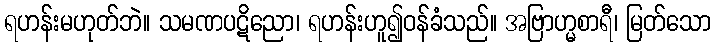
ရဟန်းမဟုတ်ဘဲ။ သမဏပဋိညော၊ ရဟန်းဟူ၍ဝန်ခံသည်။ အဗြာဟ္မစာရီ၊ မြတ်သော